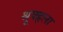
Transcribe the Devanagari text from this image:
श्रूृृक्हृला